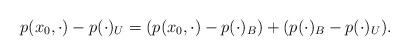
LaTeX: \begin{align*}p(x_0,\cdot )- p(\cdot )_{U} = (p(x_0, \cdot)- p(\cdot)_{B})+ (p(\cdot)_{B}- p(\cdot)_{U}). \end{align*}